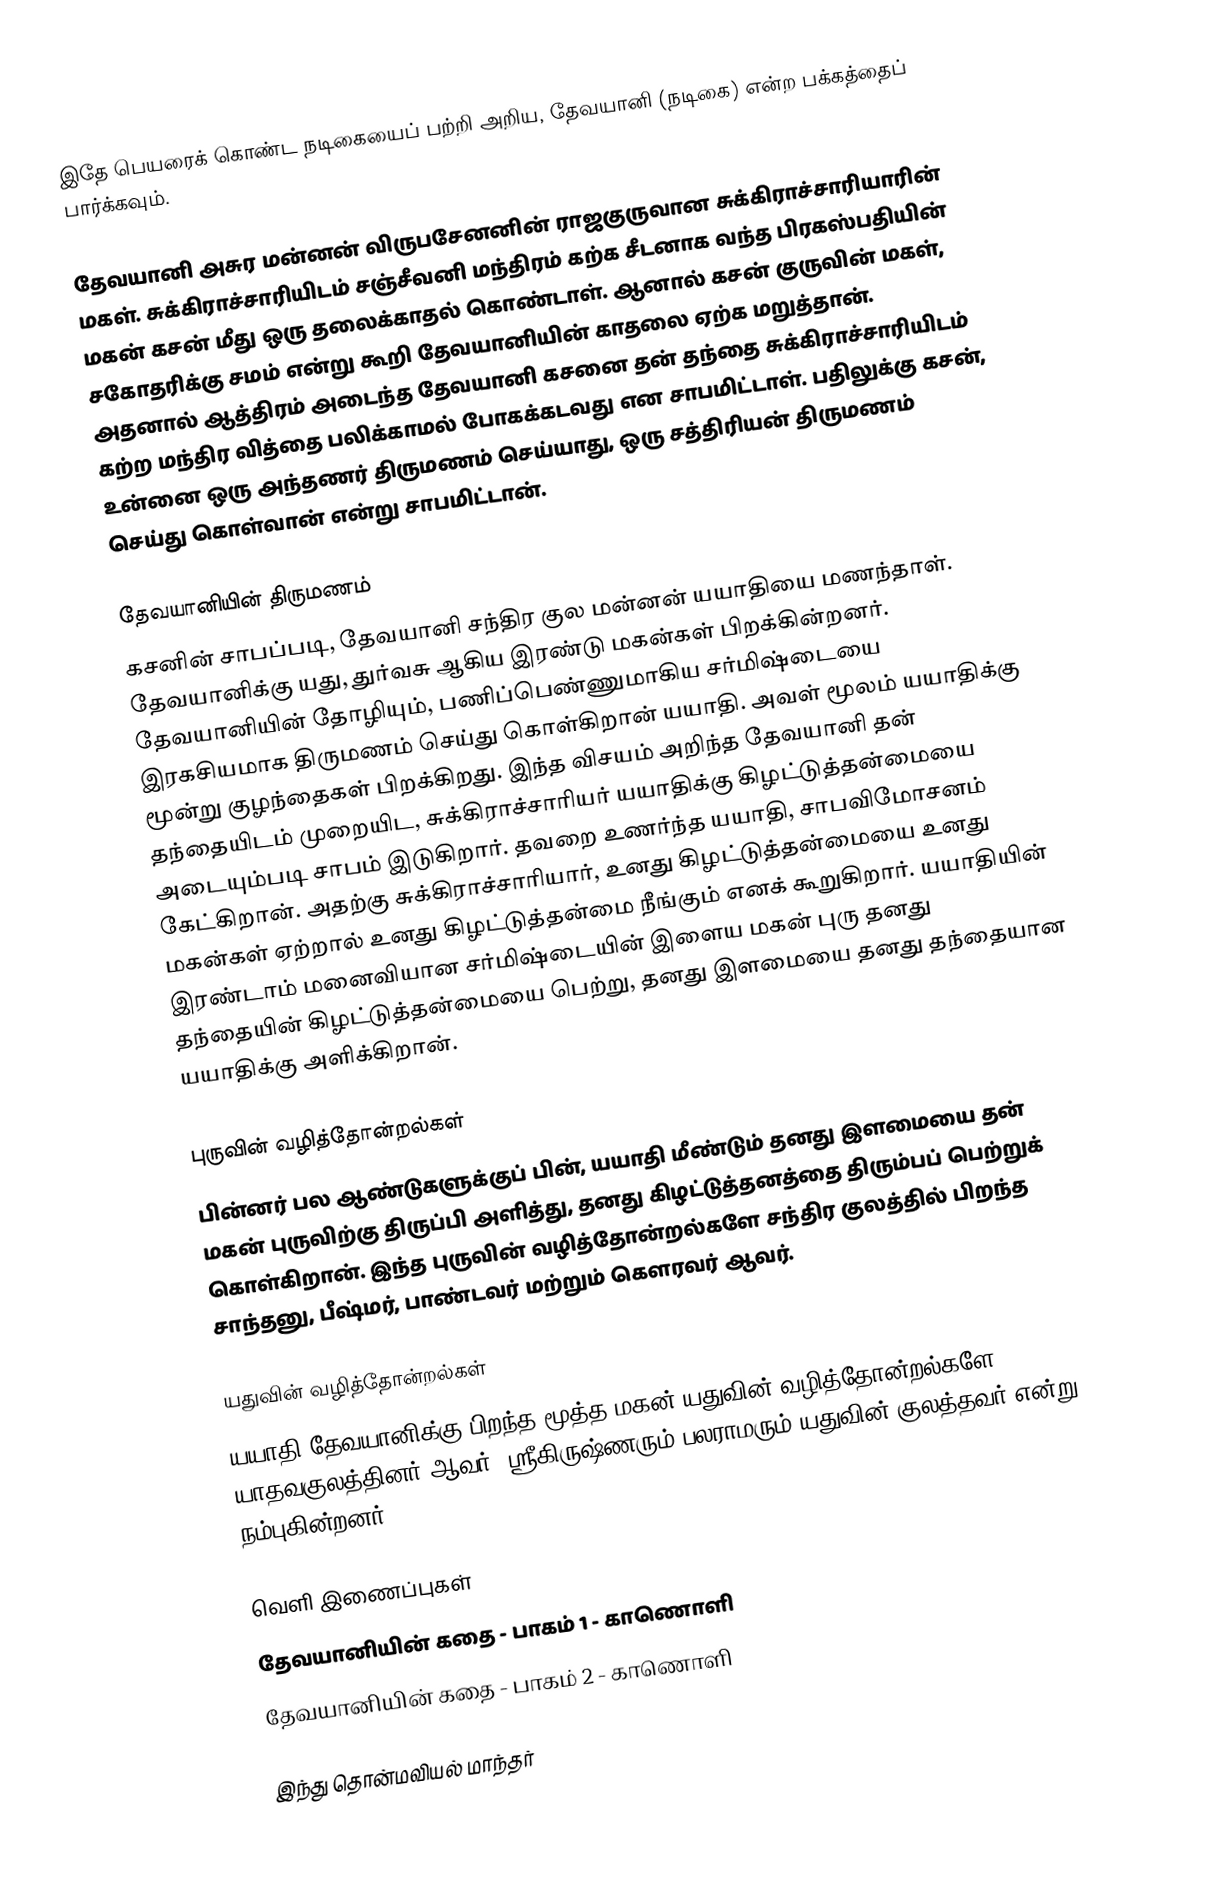
இதே பெயரைக் கொண்ட நடிகையைப் பற்றி அறிய, தேவயானி (நடிகை) என்ற பக்கத்தைப் பார்க்கவும்.

தேவயானி அசுர மன்னன் விருபசேனனின் ராஜகுருவான சுக்கிராச்சாரியாரின் மகள். சுக்கிராச்சாரியிடம் சஞ்சீவனி மந்திரம் கற்க சீடனாக வந்த பிரகஸ்பதியின் மகன் கசன் மீது ஒரு தலைக்காதல் கொண்டாள். ஆனால் கசன் குருவின் மகள், சகோதரிக்கு சமம் என்று கூறி தேவயானியின் காதலை ஏற்க மறுத்தான். அதனால் ஆத்திரம் அடைந்த தேவயானி கசனை தன் தந்தை சுக்கிராச்சாரியிடம் கற்ற மந்திர வித்தை பலிக்காமல் போகக்கடவது என சாபமிட்டாள். பதிலுக்கு கசன், உன்னை ஒரு அந்தணர் திருமணம் செய்யாது, ஒரு சத்திரியன் திருமணம் செய்து கொள்வான் என்று சாபமிட்டான்.

தேவயானியின் திருமணம்
கசனின் சாபப்படி, தேவயானி சந்திர குல மன்னன் யயாதியை  மணந்தாள். தேவயானிக்கு யது, துர்வசு ஆகிய இரண்டு மகன்கள் பிறக்கின்றனர். தேவயானியின் தோழியும், பணிப்பெண்ணுமாகிய சர்மிஷ்டையை இரகசியமாக திருமணம் செய்து கொள்கிறான் யயாதி. அவள் மூலம் யயாதிக்கு மூன்று குழந்தைகள் பிறக்கிறது. இந்த விசயம் அறிந்த தேவயானி தன் தந்தையிடம் முறையிட, சுக்கிராச்சாரியர் யயாதிக்கு கிழட்டுத்தன்மையை அடையும்படி சாபம் இடுகிறார். தவறை உணர்ந்த யயாதி, சாபவிமோசனம் கேட்கிறான். அதற்கு சுக்கிராச்சாரியார், உனது கிழட்டுத்தன்மையை உனது மகன்கள் ஏற்றால் உனது கிழட்டுத்தன்மை நீங்கும் எனக் கூறுகிறார். யயாதியின் இரண்டாம் மனைவியான சர்மிஷ்டையின் இளைய மகன் புரு தனது தந்தையின் கிழட்டுத்தன்மையை பெற்று, தனது இளமையை தனது தந்தையான யயாதிக்கு அளிக்கிறான்.

புருவின் வழித்தோன்றல்கள்
பின்னர் பல ஆண்டுகளுக்குப் பின், யயாதி மீண்டும் தனது இளமையை தன் மகன் புருவிற்கு திருப்பி அளித்து, தனது கிழட்டுத்தனத்தை திரும்பப் பெற்றுக் கொள்கிறான். இந்த புருவின் வழித்தோன்றல்களே சந்திர குலத்தில் பிறந்த சாந்தனு, பீஷ்மர்,  பாண்டவர் மற்றும் கௌரவர் ஆவர்.

யதுவின் வழித்தோன்றல்கள்
யயாதி-தேவயானிக்கு பிறந்த மூத்த மகன் யதுவின் வழித்தோன்றல்களே யாதவகுலத்தினர் ஆவர். ஸ்ரீகிருஷ்ணரும் பலராமரும் யதுவின் குலத்தவர் என்று நம்புகின்றனர்.

வெளி இணைப்புகள்
தேவயானியின் கதை - பாகம் 1 - காணொளி
தேவயானியின் கதை - பாகம் 2 - காணொளி

இந்து தொன்மவியல் மாந்தர்